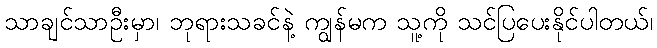
သာချင်သာဦးမှာ၊ ဘုရားသခင်နဲ့ ကျွန်မက သူ့ကို သင်ပြပေးနိုင်ပါတယ်၊